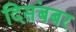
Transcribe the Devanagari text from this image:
दिसंबबर